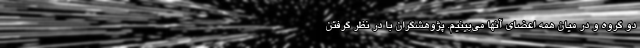
دو گروه و در میان همه اعضای آنها می‌بینیم. پژوهشگران با در نظر گرفتن